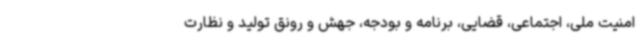
امنیت ملی، اجتماعی، قضایی، برنامه و بودجه، جهش و رونق تولید و نظارت